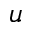
u